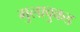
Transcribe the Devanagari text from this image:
मुलावुकड